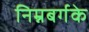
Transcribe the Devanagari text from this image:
निम्नबर्गके